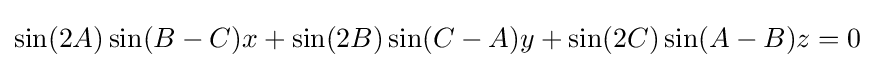
\sin(2A)\sin(B-C)x+\sin(2B)\sin(C-A)y+\sin(2C)\sin(A-B)z=0